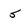
Character: 5